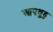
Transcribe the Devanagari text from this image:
आपथुडु